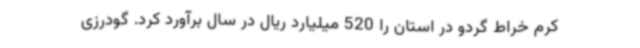
کرم خراط گردو در استان را 520 میلیارد ریال در سال برآورد کرد. گودرزی